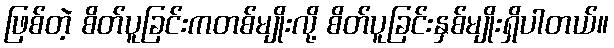
ဖြစ်တဲ့ စိတ်ပူခြင်းကတစ်မျိုးလို့ စိတ်ပူခြင်းနှစ်မျိုးရှိပါတယ်။